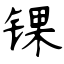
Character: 锞